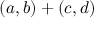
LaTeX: ( a , b ) + ( c , d )